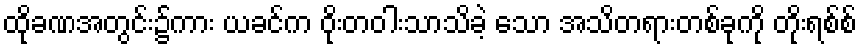
ထိုခဏအတွင်း၌ကား ယခင်က ဝိုးတဝါးသာသိခဲ့ သော အသိတရားတစ်ခုကို တိုးရစ်စ်